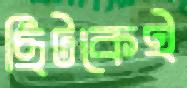
ছিটকেই